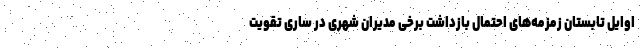
اوایل تابستان زمزمه‌های احتمال بازداشت برخی مدیران شهری در ساری تقویت